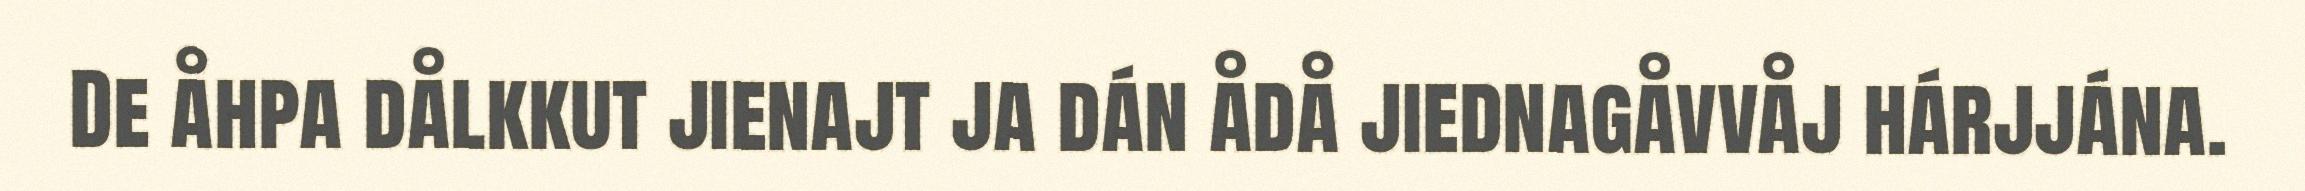
De åhpa dålkkut jienajt ja dán ådå jiednagåvvåj hárjjána.